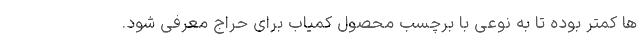
ها کمتر بوده تا به نوعی با برچسب محصول کمیاب برای حراج معرفی شود.